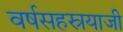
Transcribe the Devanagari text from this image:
वर्षसहस्रयाजी